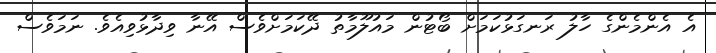
އެ އެންމެންގެ ހާލު ރަނގަޅުކަމަށް ބޯޓުން މައުލޫމާތު ދޭކަމަށްވެސް އޭނާ ވިދާޅުވިއެވެ. ނަމަވެސް